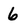
Character: 6